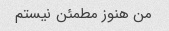
من هنوز مطمئن نیستم